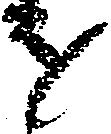
を